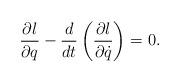
LaTeX: \begin{align*} \frac{\partial l}{\partial q}-\frac{d}{dt}\left( \frac{\partial l}{\partial \dot{q}}\right) = 0.\end{align*}